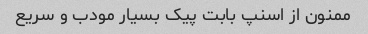
ممنون از اسنپ بابت پیک بسیار مودب و سریع